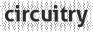
circuitry